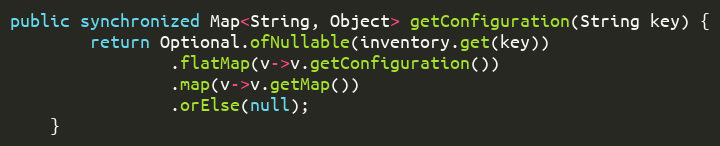
Language: Java
public synchronized Map<String, Object> getConfiguration(String key) {
		return Optional.ofNullable(inventory.get(key))
				.flatMap(v->v.getConfiguration())
				.map(v->v.getMap())
				.orElse(null);
	}